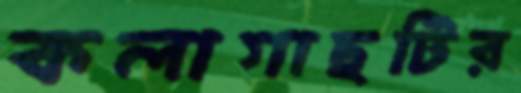
কলাগাছটির